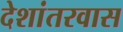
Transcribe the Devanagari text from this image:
देशांतरवास